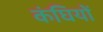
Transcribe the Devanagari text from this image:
कंघियों